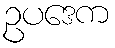
ဥပဒေက